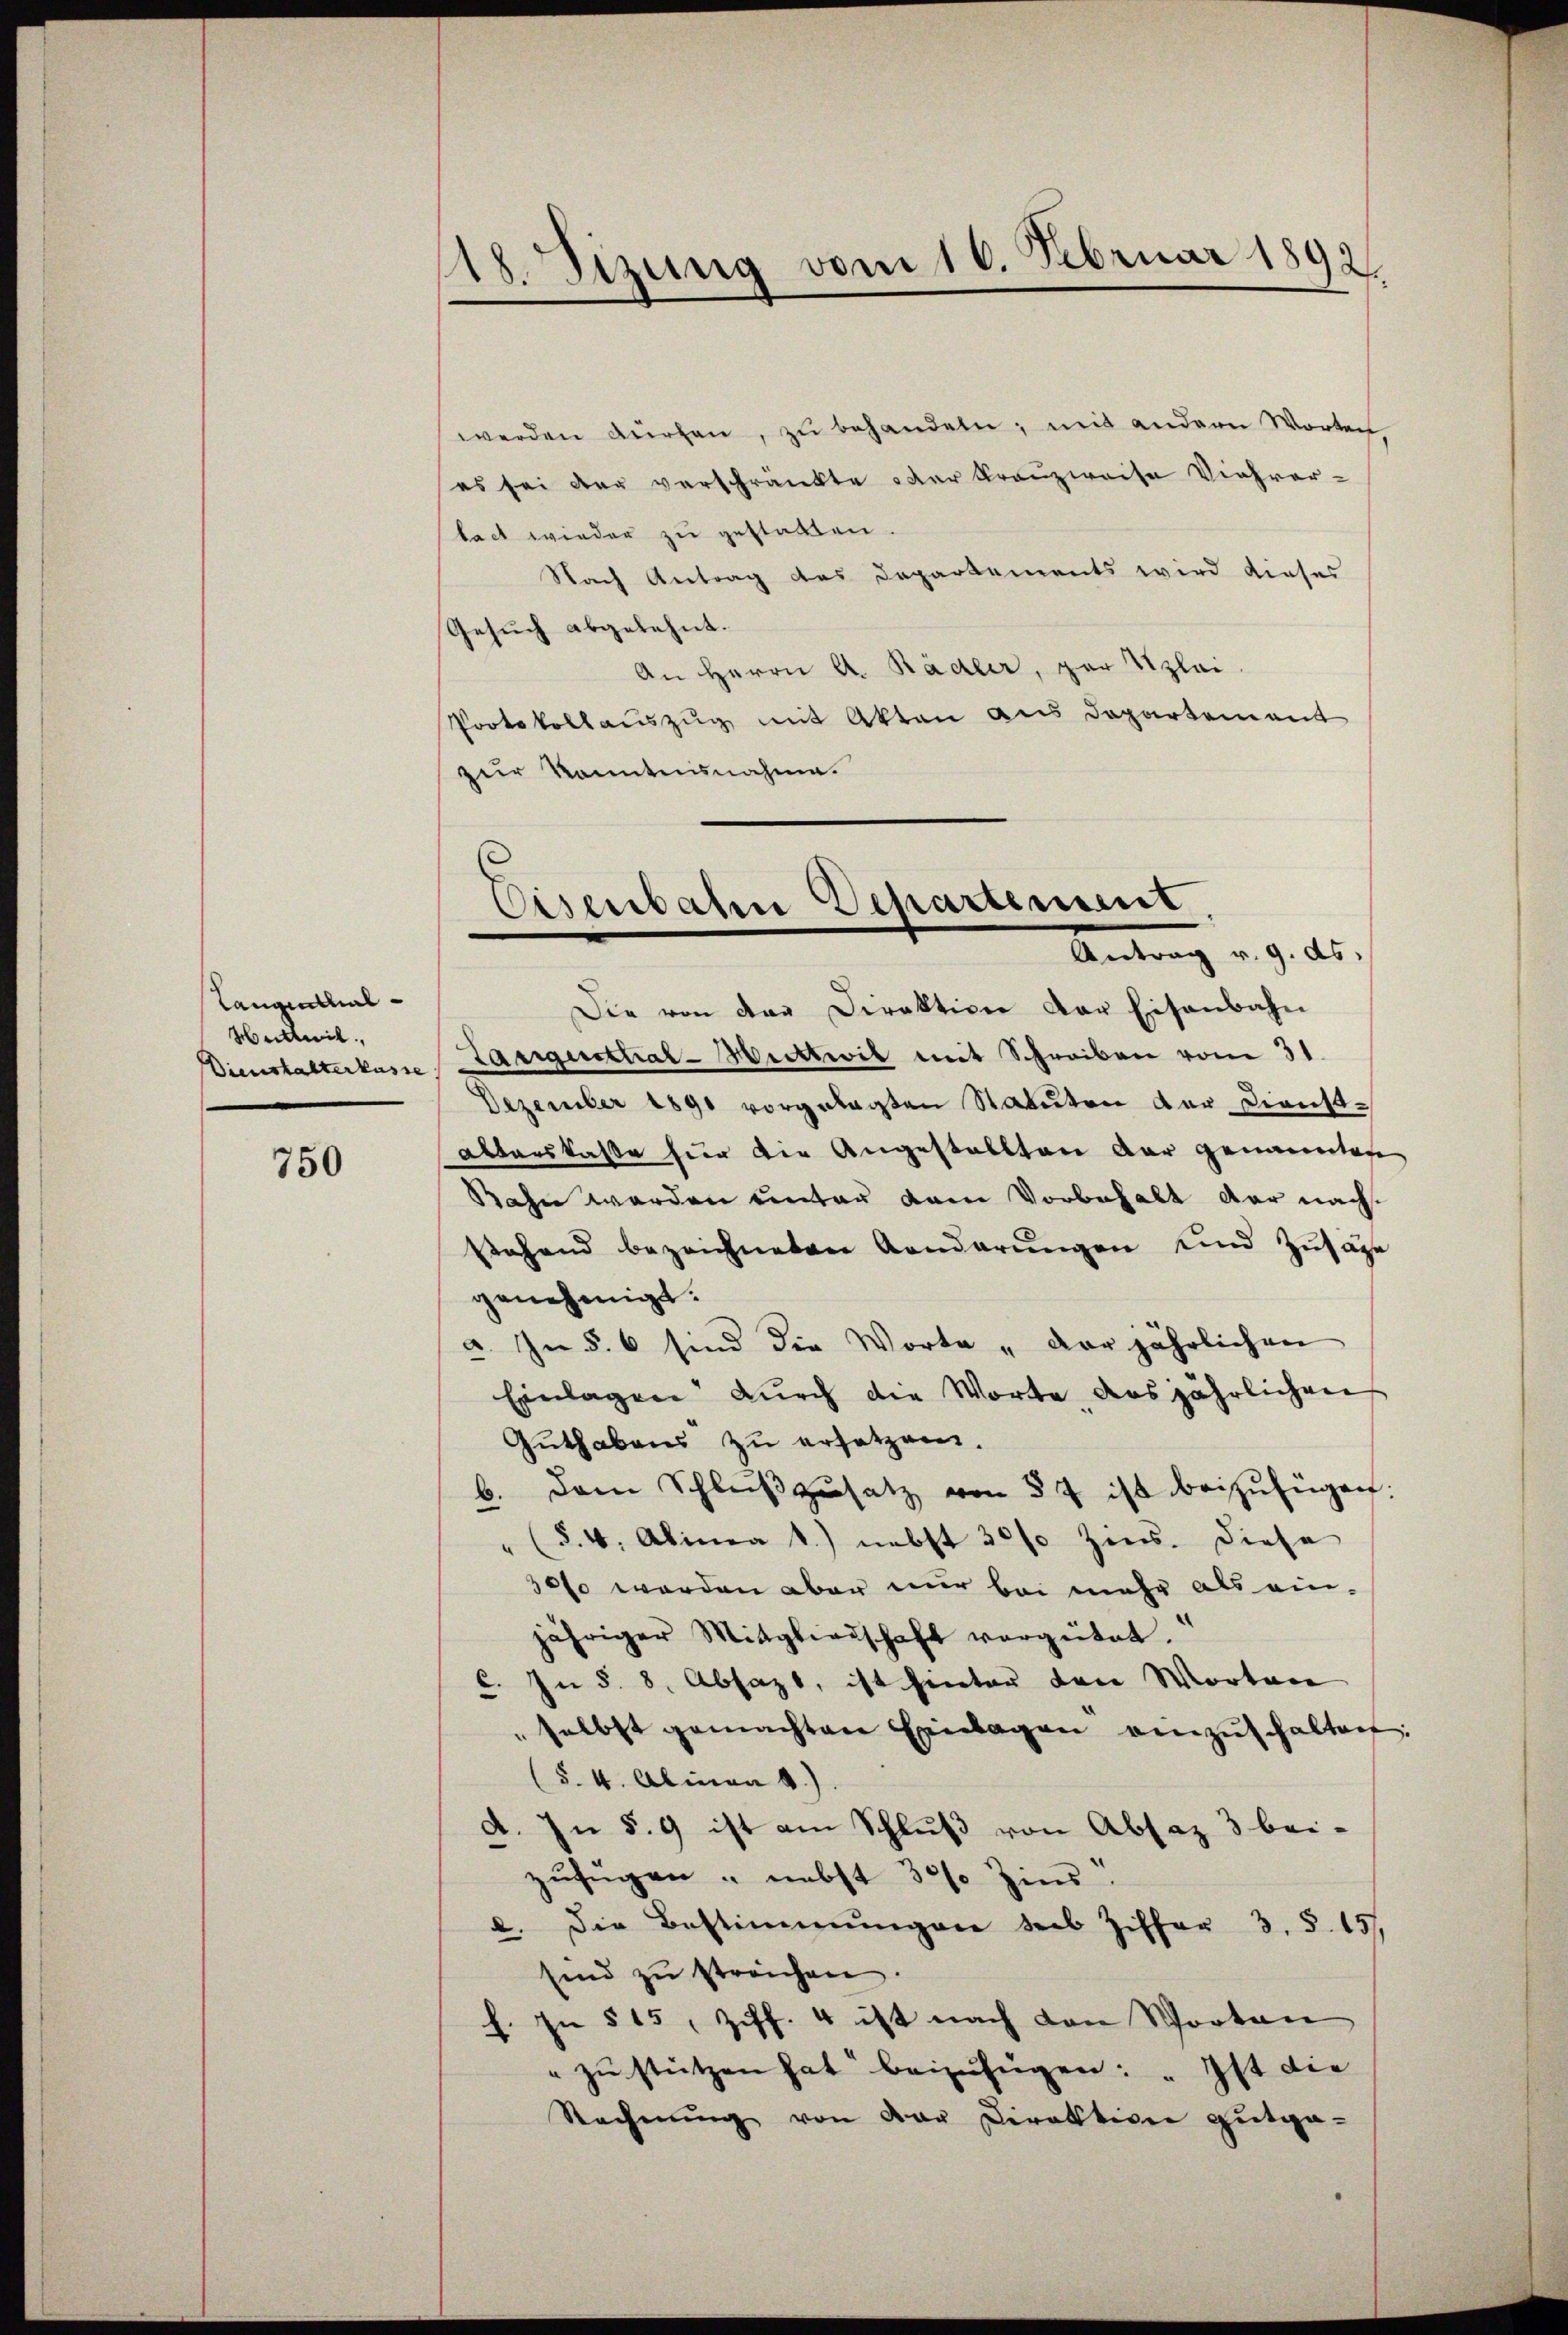
Langenthal
Hedwil,

750

118. Sizung vom 16. Februar 1892.

werden dürfen, zŭ behandeln, mit andern Worten
es sei der verschränkte der Kranzweise Viehver-
bach wieder zu gestatten.
Nach Antrag des Departements wird dieses
Gesuch abgelehnt.
An Herrn A. Räder, zur Klei
Protokollauszug mit Akten aus Departement
zur kanntnisnahme.

Die von der Direktion der Eisenbahn
Dienstalterkasse Pariguettial-Mittwil mit Schreiben vom 31.
Dezember 1891 vorgelagten Statuten der Dienst¬
Alterskasse für die Angestallten der genannten
Rahn werden unter dem Vorbehalt der nachstehend bezeichneten Aenderungen und Zusage
genehmigt.
a. In § 6 sind die Worte „der jährlichen
Einlagen dŭrch die Worte, das jährlichen
Guthabens zu ersetzen.
b. Dem Schlŭβ zŭsatz von 57 ist beizufügen.
§. 4. Alinea 1.) nebst 30% Zins. Diese
30 so werden aber nur bei mehr als ein-
jähriger Mitgliedschaft vergütet.
C. In §. 8. Absazt, ist hinter den Worten
selbst gemachten Einlagen einzŭschalten:
(§. 4. Alinea 4.)
d. In §. 9 ist am Schluß von Absaz 3 bei-
zufügen - nebst 30% Zins.
e. Die Bestimmungen der Ziffer 3. §. 151.
sind zŭ streichen.
h. In § 15, Ziff. 4 ist nach den Worten
" zŭ stützen hat beizufügen: „Ist die
Rechnung von der Direktion gutge-

Eisenbahn Departement
Antrag v. 9. ds.